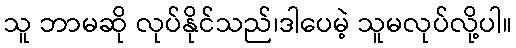
သူ ဘာမဆို လုပ်နိုင်သည်၊ဒါပေမဲ့ သူမလုပ်လို့ပါ။